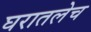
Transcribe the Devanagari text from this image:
घरातलेच